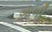
ગાળી